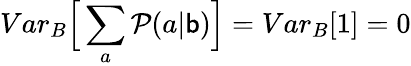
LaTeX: {Var}_{B}\Big[\sum_{a}\mathcal{P}(a|\mathsf{b})\Big]={Var}_{B}[1]=0